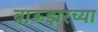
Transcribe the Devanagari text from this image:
ब्राऊझरच्या